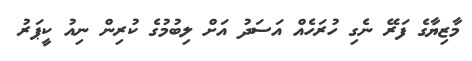
މާޒިޔާގެ ފަރޭ ނެގި ހުރަހެއް އަސަދު އަށް ލިބުުމުގެ ކުރިން ނިއު ކީޕަރު